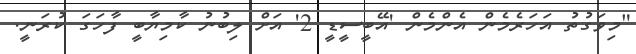
"މިވަގުތު އަހަރެމެން އެންމެން 'އޭބީސީޑީ 2' އަށް ލިބުނު ކާމިޔާބީ ފާހަަގަ ކުރަނީ.